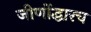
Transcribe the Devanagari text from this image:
जीर्णोद्धारच